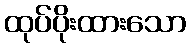
ထုပ်ပိုးထားသော